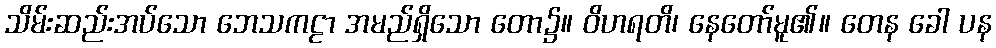
သိမ်းဆည်းအပ်သော ဘေသကဠာ အမည်ရှိသော တော၌။ ဝိဟရတိ၊ နေတော်မူ၏။ တေန ခေါ ပန